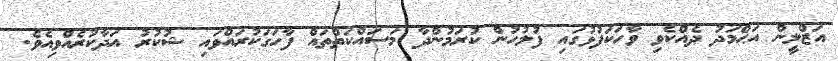
އަޒްލީން އަޙްމަދު ދެއްކެވި ވާހަކަފުޅުގައި ފުލުހުން ކުރަމުންދާ މަސައްކަތްތައް ފާހަގަކުރައްވައި ޝުކުރު އަދާކުރެއްވިއެވެ.